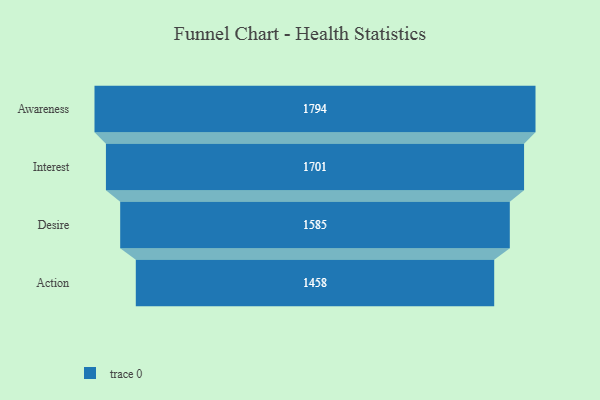
{"axis": {"x": "Stage", "y": "Value"}, "legend": [""], "data": [{"x": "Awareness", "y": 1794.0, "type": ""}, {"x": "Interest", "y": 1701.0, "type": ""}, {"x": "Desire", "y": 1585.0, "type": ""}, {"x": "Action", "y": 1458.0, "type": ""}]}